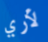
لأري